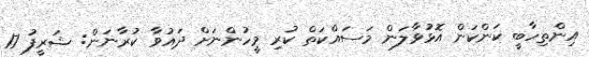
އިންތިހާބީ ކަންކަން އޮޅުވާލަން މަސައްކަތް ކުރި މީހުންނަށް ދައުވާ ކުރާނަން: ޝަރީފު 17